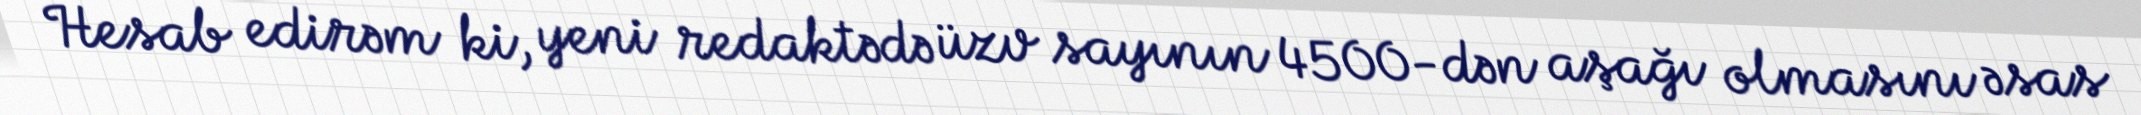
Hesab edirəm ki, yeni redaktədə üzv sayının 4500-dən aşağı olmasını əsas